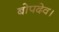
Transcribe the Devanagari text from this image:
बोपदेव।